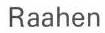
Raahen